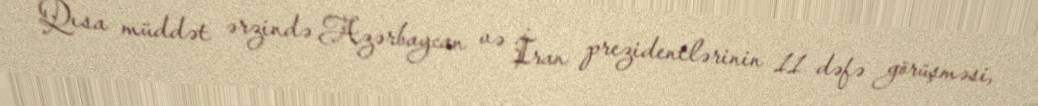
Qısa müddət ərzində Azərbaycan və İran prezidentlərinin 11 dəfə görüşməsi,